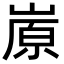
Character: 㟶